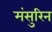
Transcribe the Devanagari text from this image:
मंसुरिन